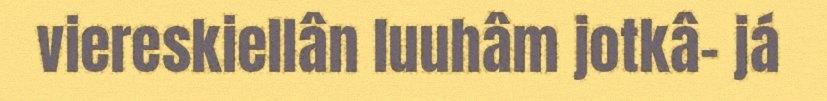
viereskiellân luuhâm jotkâ- já